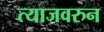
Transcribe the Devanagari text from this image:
त्याजवरुन